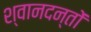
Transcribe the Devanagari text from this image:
श्वानदन्तों